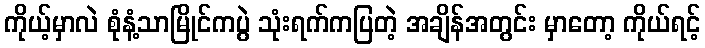
ကိုယ့်မှာလဲ စုံနံ့သာမြိုင်ကပွဲ သုံးရက်ကပြတဲ့ အချိန်အတွင်း မှာတော့ ကိုယ်ရင့်